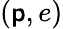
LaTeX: (\mathsf{p},e)